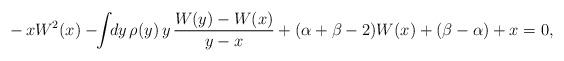
LaTeX: \begin{align*}-\,xW^2(x)-\!\!\int\!\!dy\,\rho(y)\,y\,\frac{W(y)-W(x)}{y-x}+(\alpha+\beta-2)W(x)+(\beta-\alpha)+x=0,\end{align*}